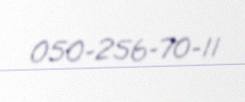
050-256-70-11